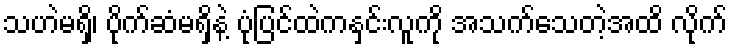
သဟဲမရှိ၊ ပိုက်ဆံမရှိနဲ့ ပုံပြင်ထဲကနှင်းလူကို အသက်သေတဲ့အထိ လိုက်